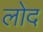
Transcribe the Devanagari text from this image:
लोद